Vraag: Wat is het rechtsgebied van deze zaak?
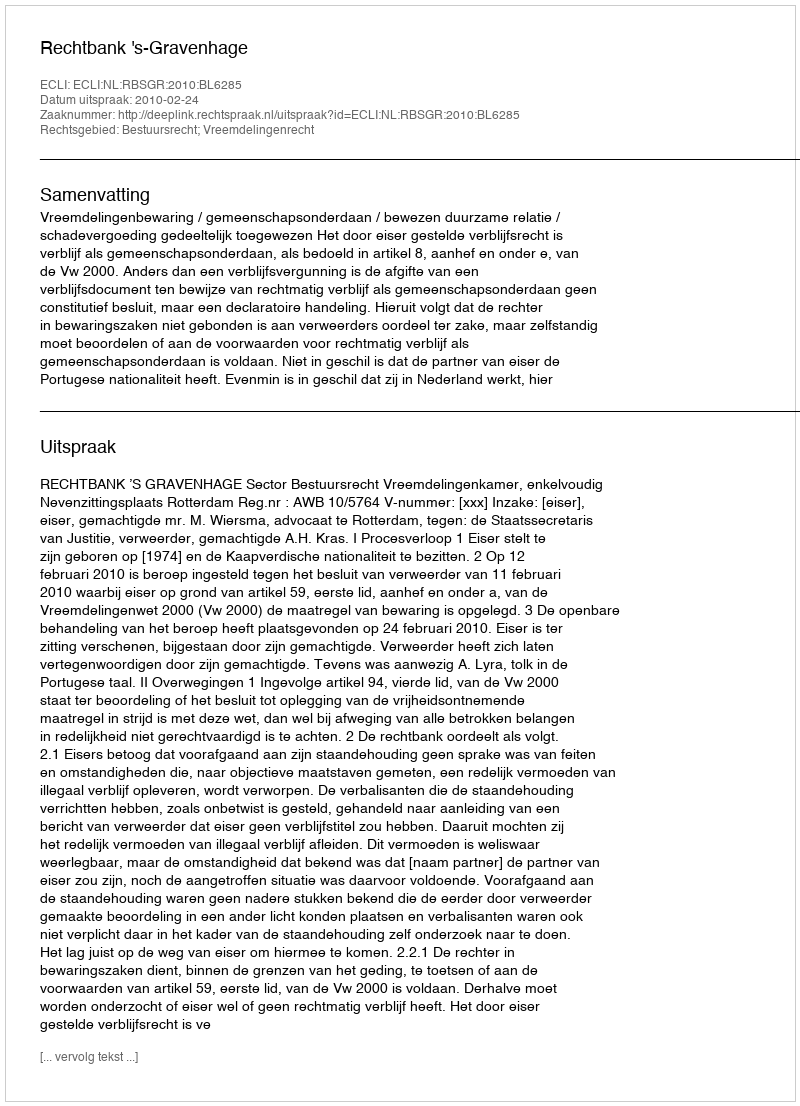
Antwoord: Bestuursrecht; Vreemdelingenrecht